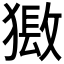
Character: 𤡏